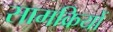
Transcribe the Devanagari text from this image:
सामक्रियों